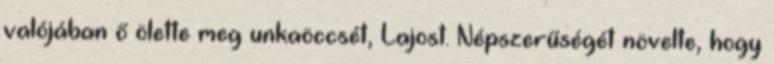
valójában ő ölette meg unkaöccsét, Lajost. Népszerűségét növelte, hogy